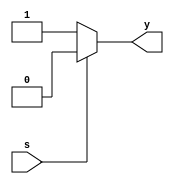
module muxa(s,y);
input s;
output wire y;
assign y = s ? 0 : 1;
endmodule  

module muxb(a,s,y);
input a,s;
output wire y;
assign y = s ? 0 : a;
endmodule  

module four_bit_lod(a,y);
input [3:0]a;
output wire [3:0]y;
wire [2:0]x;
assign y[3] = a[3];
muxa a1(.s(a[3]),.y(x[2]));
muxb b1(.a(x[2]),.s(a[2]),.y(x[1]));
muxb b2(.a(x[1]),.s(a[1]),.y(x[0]));
and a2(y[2],x[2],a[2]);
and a3(y[1],x[1],a[1]);
and a4(y[0],x[0],a[0]);
endmodule

module four_bit_mux(a,s,y);
input [3:0]a;
input s;
output [3:0]y;
assign y = s ? a : 0 ;
endmodule  

module sixteen_bit_lod(d,o,zero_input_flag);
input [15:0]d;
output [15:0]o;
output zero_input_flag;
wire [15:0]z;
wire [3:0]x,y;
four_bit_lod l2(.a(d[15:12]),.y(z[15:12]));
four_bit_lod l3(.a(d[11:8]),.y(z[11:8]));
four_bit_lod l4(.a(d[7:4]),.y(z[7:4]));
four_bit_lod l5(.a(d[3:0]),.y(z[3:0]));
assign x[3] = |d[15:12];
assign x[2] = |d[11:8];
assign x[1] = |d[7:4];
assign x[0] = |d[3:0];
assign zero_input_flag = |x;
four_bit_lod l6(.a(x),.y(y));
four_bit_mux m1(.a(z[15:12]),.s(y[3]),.y(o[15:12]));
four_bit_mux m2(.a(z[11:8]),.s(y[2]),.y(o[11:8]));
four_bit_mux m3(.a(z[7:4]),.s(y[1]),.y(o[7:4]));
four_bit_mux m4(.a(z[3:0]),.s(y[0]),.y(o[3:0]));
endmodule